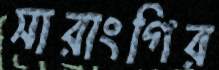
সারাংগির